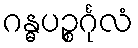
ဂန္ဓပဉ္စင်္ဂုလံ